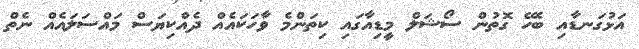
އަޅުގަނޑާއި ބެހޭ ގޮތުން ސޯޝަލް މީޑިއާގައި ކިތަންމެ ވާހަކައެއް ދެއްކިޔަސް މައްސަލައެއް ނެތް